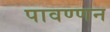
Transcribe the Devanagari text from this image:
पावण्णन